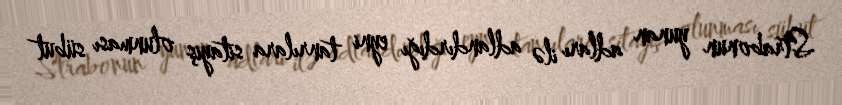
Strabonun yunan adları ilə adlandırdığı eyni tanrılara sitayiş olunması sübut